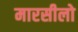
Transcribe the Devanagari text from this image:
मारसीलो